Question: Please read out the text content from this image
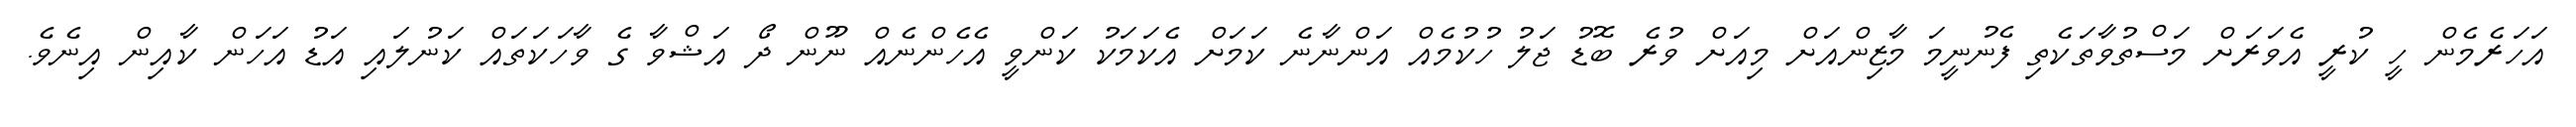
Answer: އަހަރެމެން ހީ ކުރީ އެވަރަށް މަސްތުވާތަކެތި ފެނުނީމަ މާޒިންއަށް މިއަށް ވުރެ ބޮޑު ޖަލު ހުކުމެއް އަންނާނެ ކަމަށް އެކަމަކު ކަންވީ އެހެންނެއް ނޫން ދޯ އަޝްވާ ގެ ވާހަކަތައް ކަނުލައި އަޑު އަހަން ކާއިން އިނެވެ.